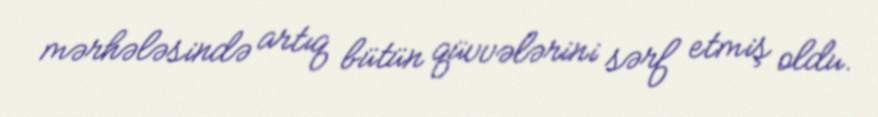
mərhələsində artıq bütün qüvvələrini sərf etmiş oldu.